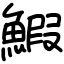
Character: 鰕